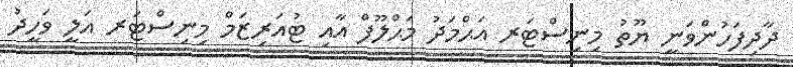
ދާދިފަހުންވަނީ ޔޫތު މިނިސްޓަރ އަޙްމަދު މަޙްލޫފް އާއި ޓުއަރިޒަމް މިނިސްޓަރ އަލީ ވަހީދު